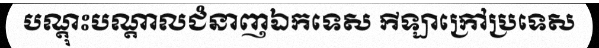
បណ្តុះបណ្តាលជំនាញឯកទេស កីឡាក្រៅប្រទេស